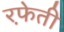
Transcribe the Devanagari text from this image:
रफे़ती